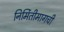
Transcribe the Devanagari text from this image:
निर्मितीमागची